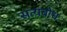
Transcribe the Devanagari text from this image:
सत्यबोध